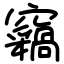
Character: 𫞺